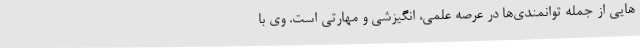
هایی از جمله توانمندی‌ها در عرصه علمی، انگیزشی و مهارتی است. وی با